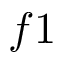
f 1